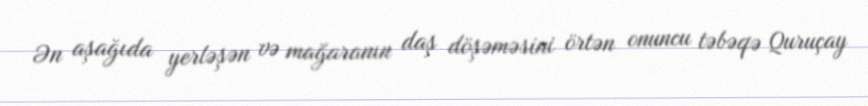
Ən aşağıda yerləşən və mağaranın daş döşəməsini örtən onuncu təbəqə Quruçay